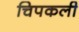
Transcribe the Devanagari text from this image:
चिपकली